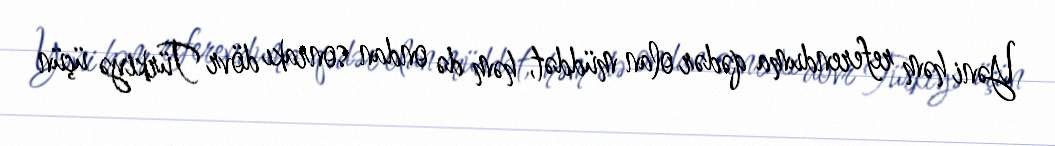
Yəni həm referenduma qədər olan müddət, həm də ondan sonrakı dövr Türkiyə üçün